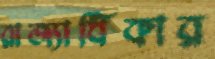
রাজ্যাধিকার